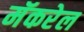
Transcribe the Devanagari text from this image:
मॅकरेल